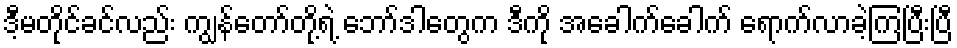
ဒီ့မတိုင်ခင်လည်း ကျွန်တော်တို့ရဲ့ ဘော်ဒါတွေက ဒီကို အခေါက်ခေါက် ရောက်လာခဲ့ကြပြီးပြီ